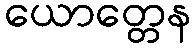
ယောတ္တေန